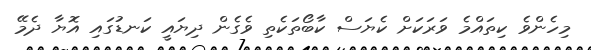
މިހެންވެ ކިތައްމެ ވަރަކަށް ކެޔަސް ކާބޯތަކެތި ވެގެން ދިޔައީ ކަނޑުގައި އޮޔާ ދެމޭ